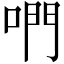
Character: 𠵘